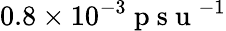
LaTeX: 0.8\times 10^{-3}\mathrm{~p~s~u~}^{-1}